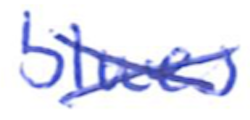
Text: blues
Cross-out: cross
Writing tool: ballpoint